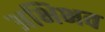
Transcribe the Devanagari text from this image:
अभिभव